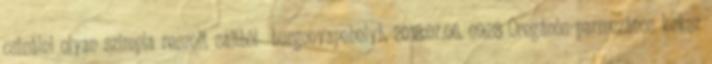
csinálni olyan szimpla reszelt sajtból burgonyapehelyb. 2018.07.06. 09:28 Oregánós-parmezános keksz